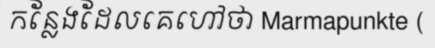
កន្លែងដែលគេហៅថា Marmapunkte (